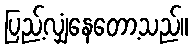
ပြည့်လျှံနေတော့သည်။